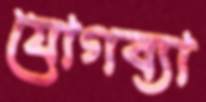
যোগব্যা